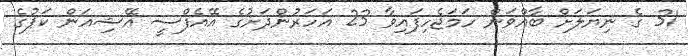
31 ގެ ނިޔަލަށް ބާއްވަން ހަމަޖެހިފައިވާ 23 އަހަރުންދަށުގެ އޭއެފްސީ އޭޝިއަން ކަޕުގެ